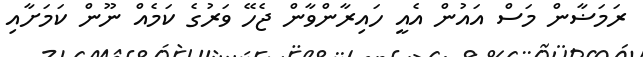
ރަމަޟާން މަސް އައުން އެއީ ހައިރާންވާން ޖެހޭ ވަރުގެ ކަމެއް ނޫން ކަމަށާއި